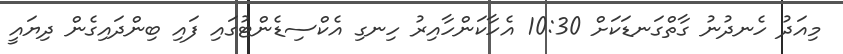
މިއަދު ހެނދުނު ގާތްގަނޑަކަށް 10:30 އެހާކަންހާއިރު ހިނގި އެކްސިޑެންޓުގައި ފައި ބިންދައިގެން ދިޔައީ